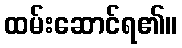
ထမ်းဆောင်ရ၏။